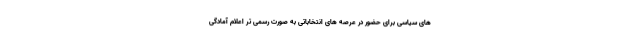
های سیاسی برای حضور در عرصه های انتخاباتی به صورت رسمی تر اعلام آمادگی